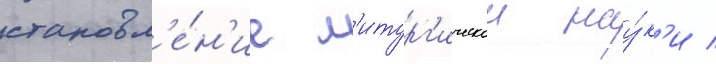
становл'е́н'ие л'итург'ическои нау́к'и /